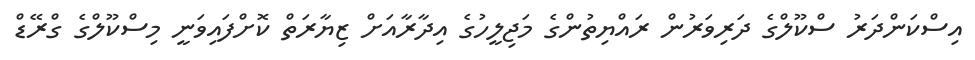
އިސްކަންދަރު ސްކޫލްގެ ދަރިވަރުން ރައްޔިތުންގެ މަޖިލީހުގެ އިދާރާއަށް ޒިޔާރަތް ކޮށްފައިވަނީ މިސްކޫލްގެ ގްރޭޑް